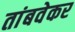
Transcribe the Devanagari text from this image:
तांबवेकर